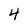
Character: 4